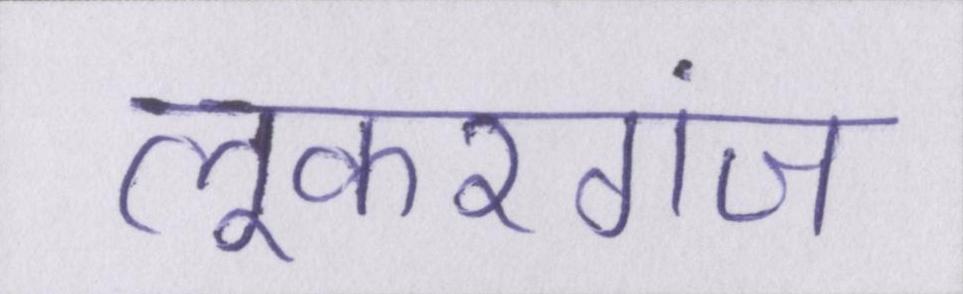
लूकरगंज